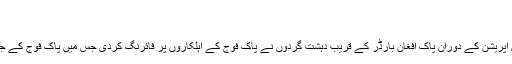
میجر سلمان علی شہید (9 اگست 2017)
پاک فوج کے شہید میجر سلمان علی: فوٹو/ فائل
9 اگست کے روز خیبرپختونخوا کے علاقے اپر دیر میں آپریشن کے دوران پاک افغان بارڈر کے قریب دہشت گردوں نے پاک فوج کے اہلکاروں پر فائرنگ کردی جس میں پاک فوج کے جواں سال میجر سلمان علی اور 3 اہلکار بھی شہید ہوگئے۔